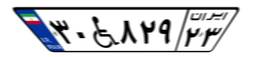
۳۰W۸۲۹۲۳